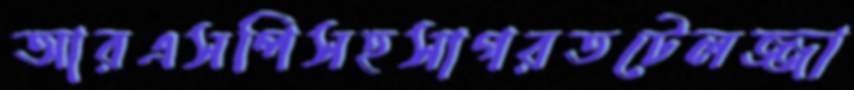
আরএসপিসহসাগরতটেলজ্জা